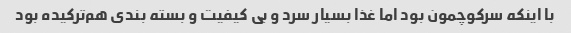
با اینکه سرکوچمون بود اما غذا بسیار سرد و بی کیفیت و بسته بندی هم‌ترکیده بود